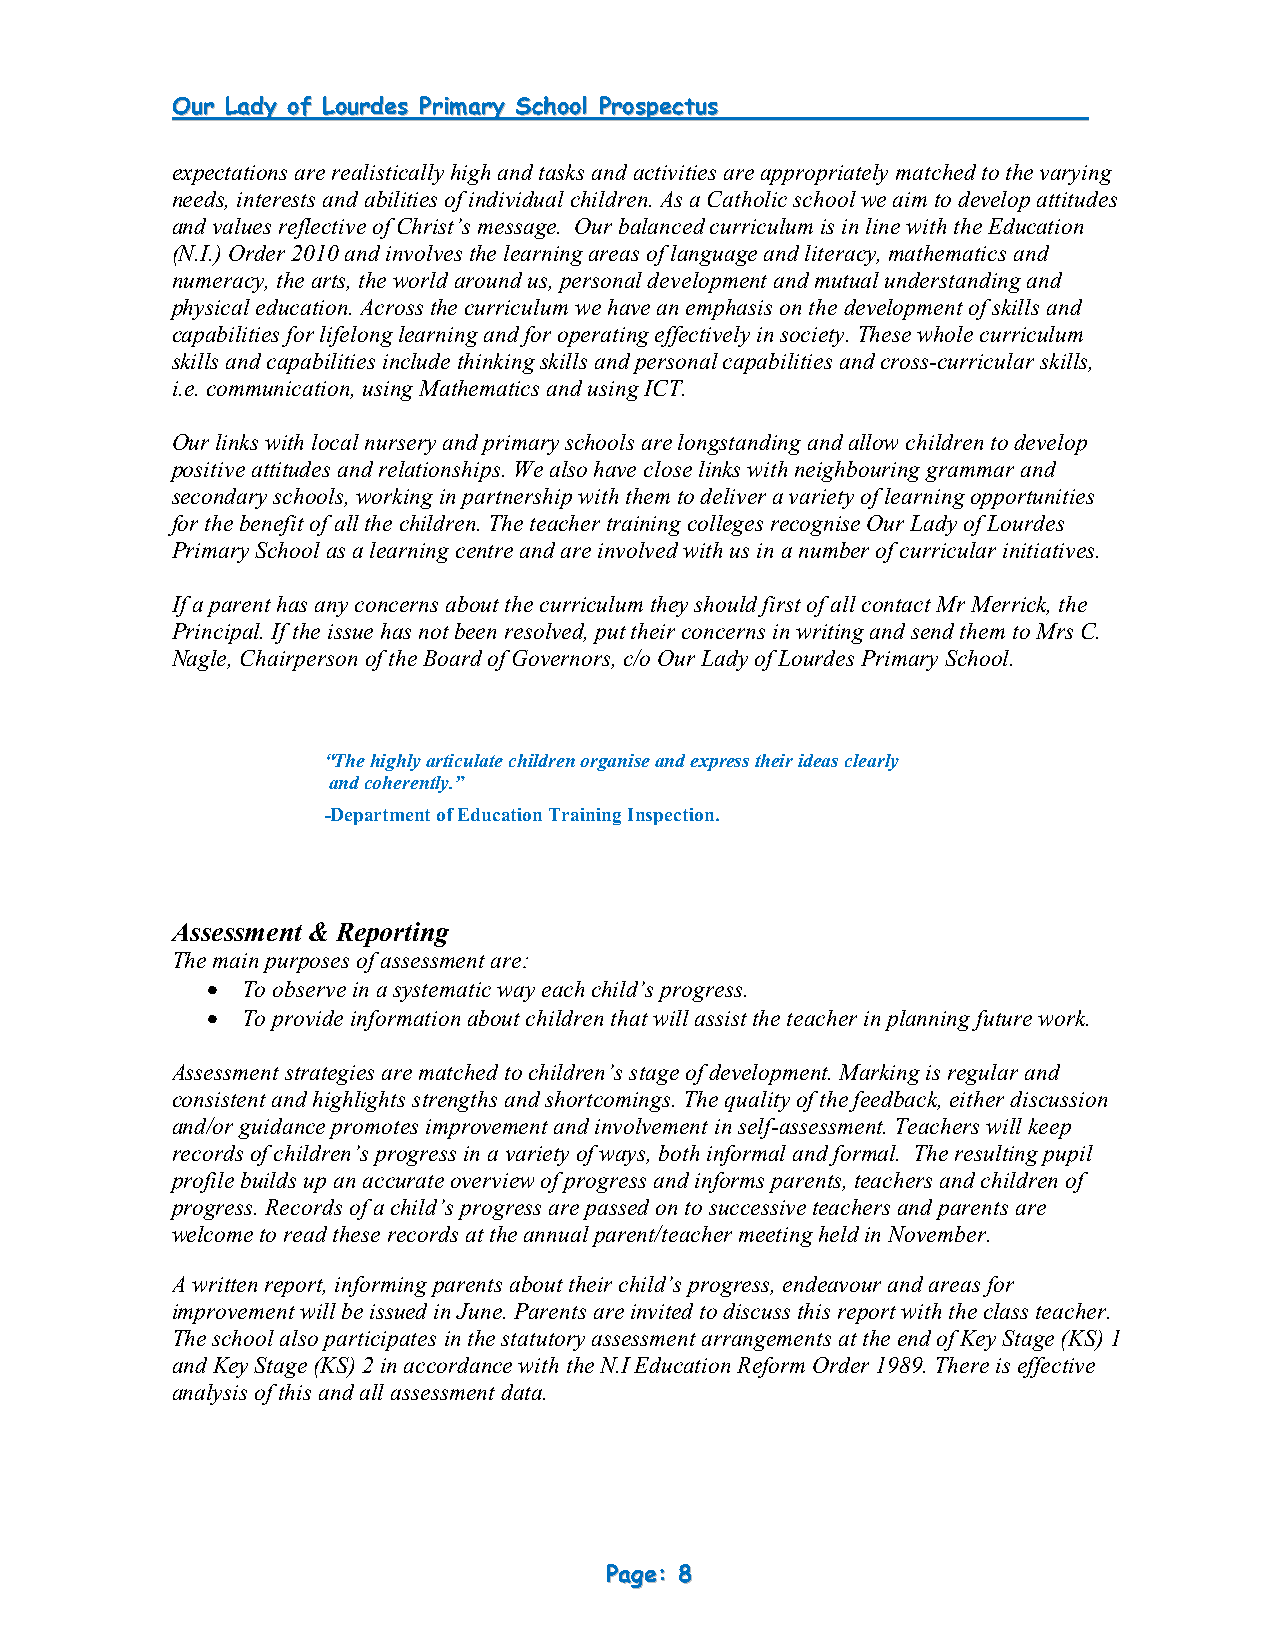
OOuurr LLaaddyy ooff LLoouurrddeess PPrriimmaarryy SScchhooooll PPrroossppeeccttuuss
 expectations are realistically high and tasks and activities are appropriately matched to the varying
 needs, interests and abilities of individual children. As a Catholic school we aim to develop attitudes
 and values reflective of Christ’s message. Our balanced curriculum is in line with the Education
 (N.I.) Order 2010 and involves the learning areas of language and literacy, mathematics and
 numeracy, the arts, the world around us, personal development and mutual understanding and
 physical education. Across the curriculum we have an emphasis on the development of skills and
 capabilities for lifelong learning and for operating effectively in society. These whole curriculum
 skills and capabilities include thinking skills and personal capabilities and cross-curricular skills,
 i.e. communication, using Mathematics and using ICT.
 Our links with local nursery and primary schools are longstanding and allow children to develop
 positive attitudes and relationships. We also have close links with neighbouring grammar and
 secondary schools, working in partnership with them to deliver a variety of learning opportunities
 for the benefit of all the children. The teacher training colleges recognise Our Lady of Lourdes
 Primary School as a learning centre and are involved with us in a number of curricular initiatives.
 If a parent has any concerns about the curriculum they should first of all contact Mr Merrick, the
 Principal. If the issue has not been resolved, put their concerns in writing and send them to Mrs C.
 Nagle, Chairperson of the Board of Governors, c/o Our Lady of Lourdes Primary School.
 “The highly articulate children organise and express their ideas clearly
 and coherently.”
 -Department of Education Training Inspection.
 Assessment & Reporting
 The main purposes of assessment are:
  To observe in a systematic way each child’s progress.
  To provide information about children that will assist the teacher in planning future work.
 Assessment strategies are matched to children’s stage of development. Marking is regular and
 consistent and highlights strengths and shortcomings. The quality of the feedback, either discussion
 and/or guidance promotes improvement and involvement in self-assessment. Teachers will keep
 records of children’s progress in a variety of ways, both informal and formal. The resulting pupil
 profile builds up an accurate overview of progress and informs parents, teachers and children of
 progress. Records of a child’s progress are passed on to successive teachers and parents are
 welcome to read these records at the annual parent/teacher meeting held in November.
 A written report, informing parents about their child’s progress, endeavour and areas for
 improvement will be issued in June. Parents are invited to discuss this report with the class teacher.
 The school also participates in the statutory assessment arrangements at the end of Key Stage (KS) 1
 and Key Stage (KS) 2 in accordance with the N.I Education Reform Order 1989. There is effective
 analysis of this and all assessment data.
 PPaaggee:: 88